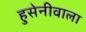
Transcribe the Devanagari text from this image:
हुसेनीवाला